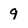
Character: 9